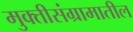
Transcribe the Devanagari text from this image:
मुक्तीसंग्रामातील